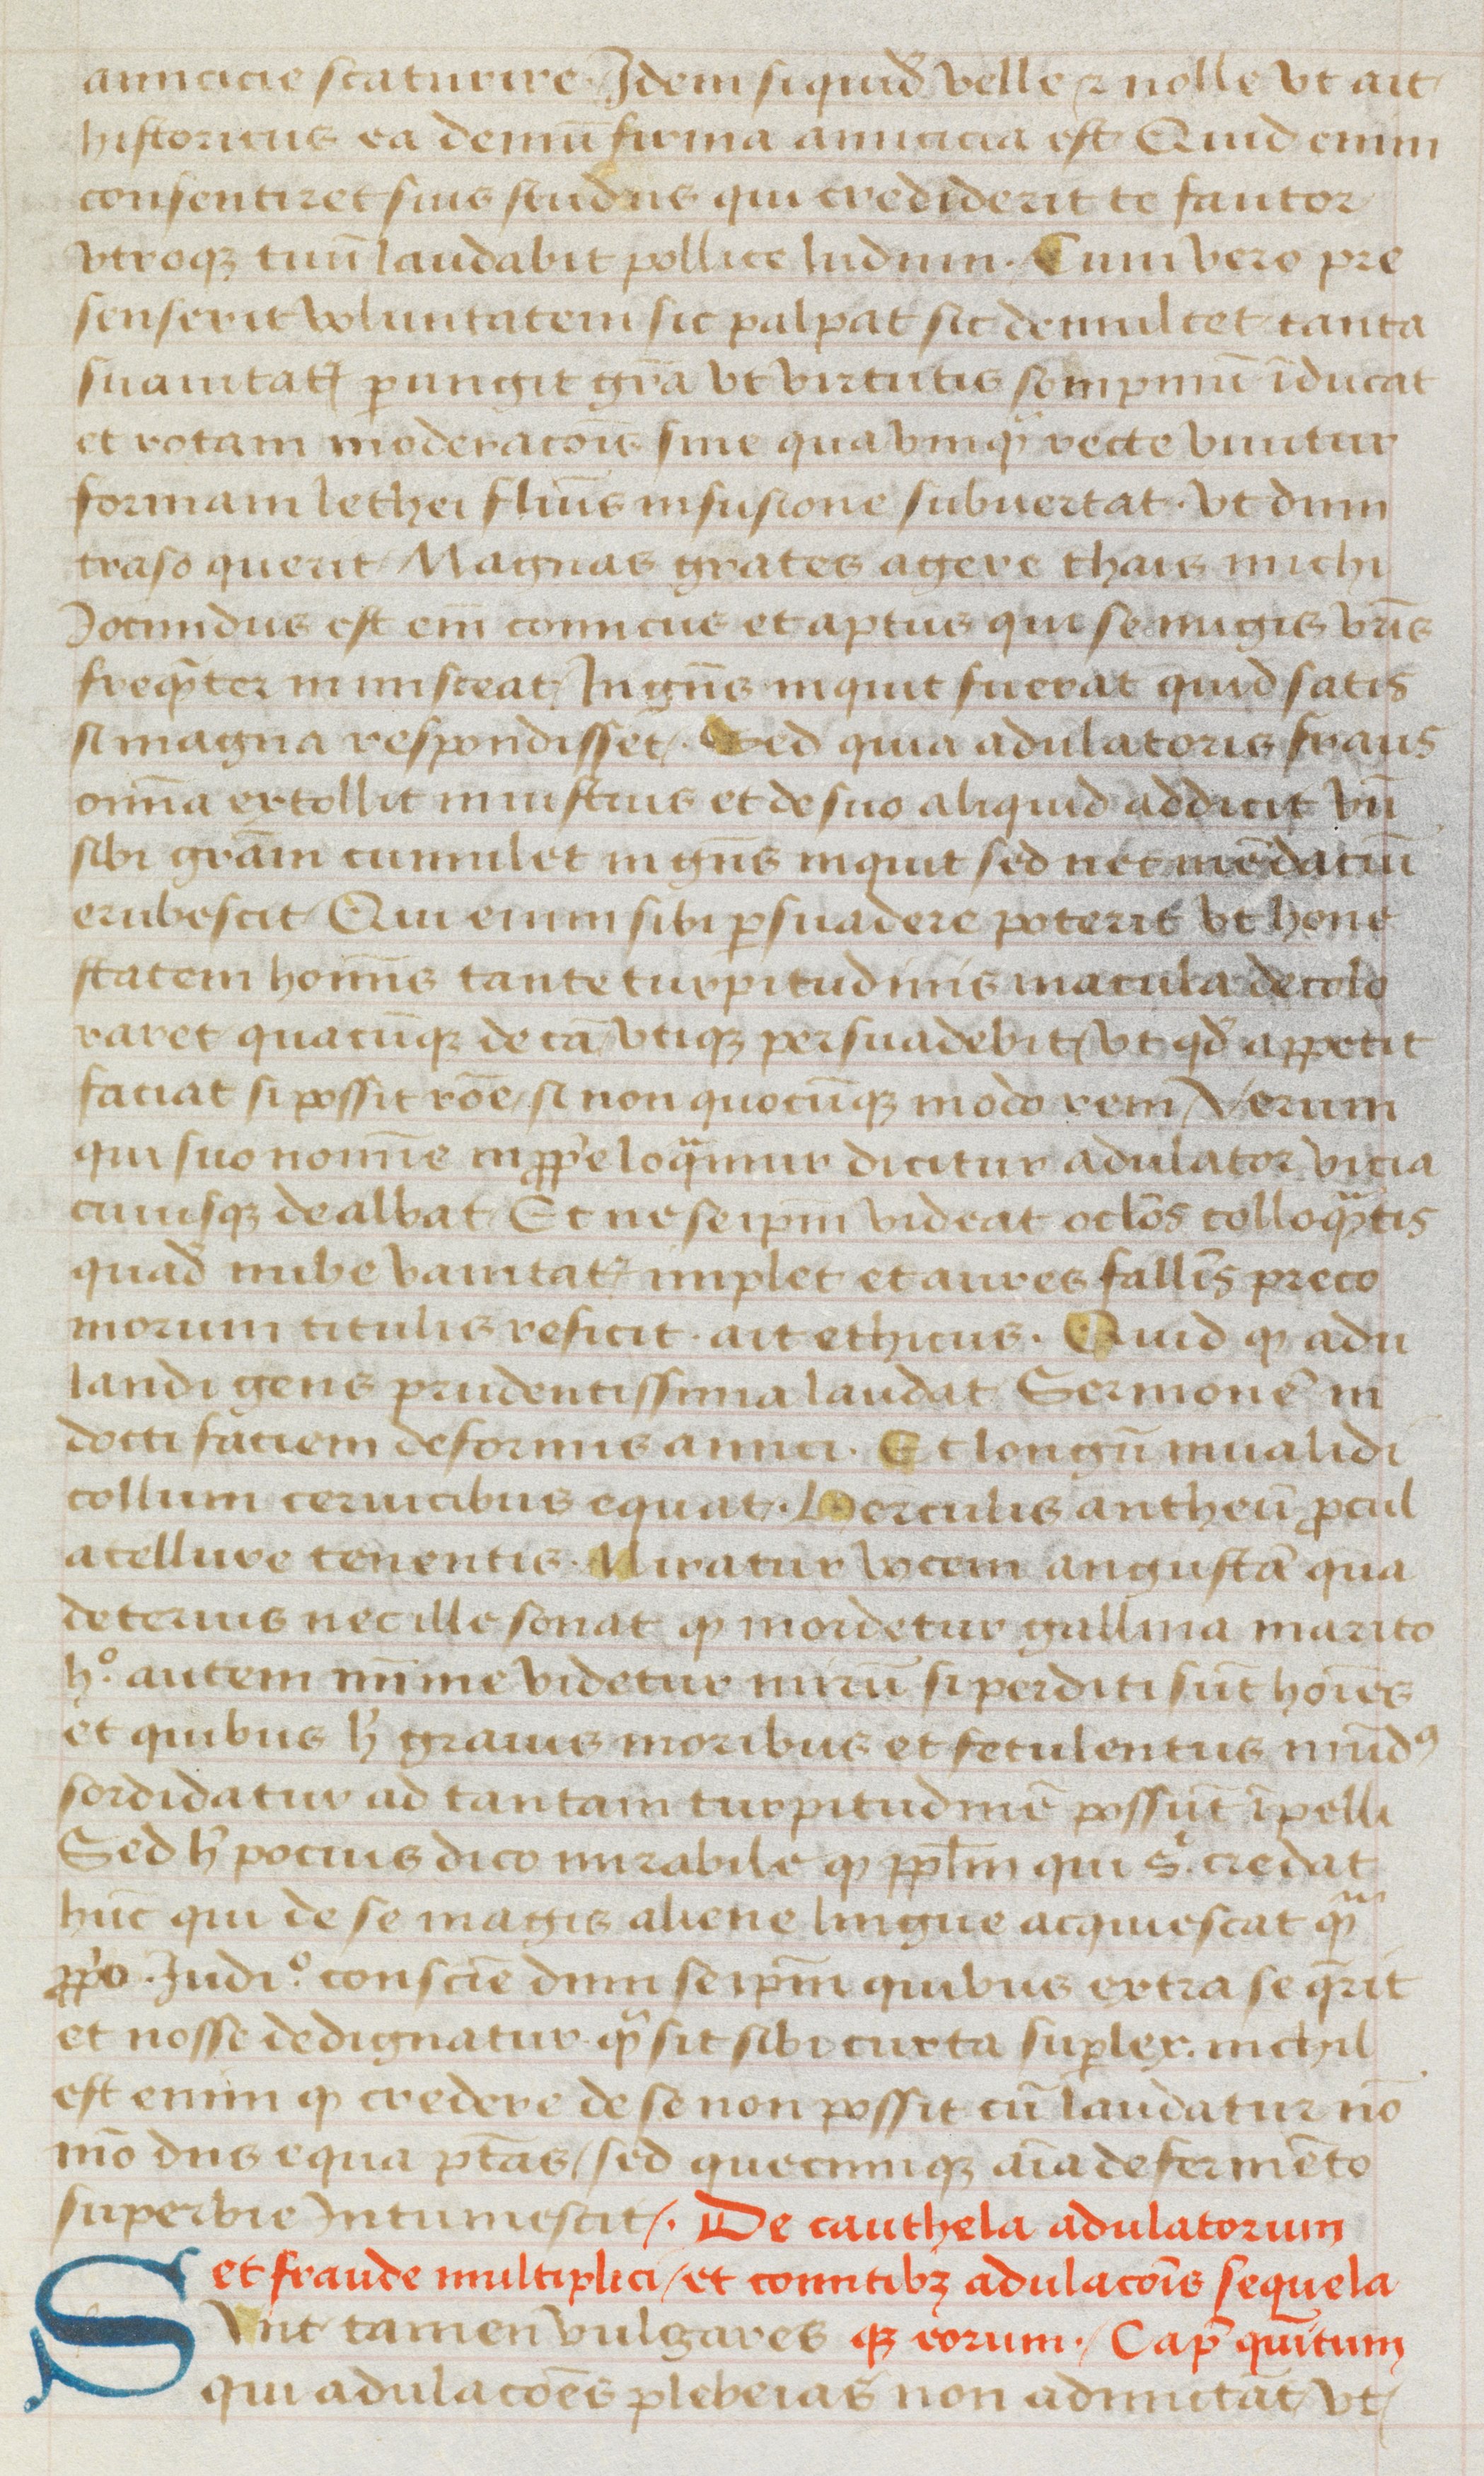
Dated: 1470–1499